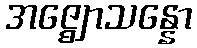
အဇ္ဈောသန္နော